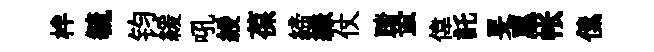
柈毓钧緩吼綬葆締縑仗踏蛩偉託旻惠帐傃